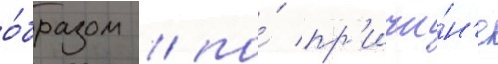
о́бразом / по́ пр'ичи́н'е